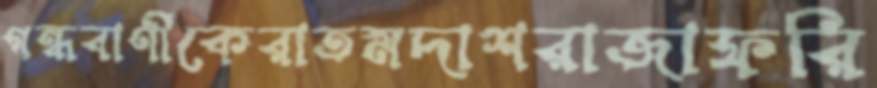
গন্ধবাণীকেরাতমদাশরাজাফরি